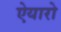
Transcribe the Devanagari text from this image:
ऐयारो